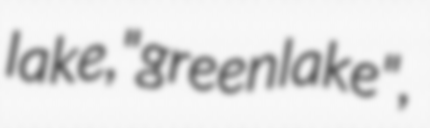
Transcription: lake, "green lake",